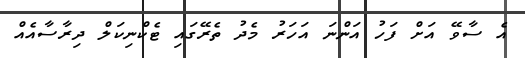
އެ ސާވޭ އަށް ފަހު އަންނަ އަހަރު މެދު ތެރޭގައި ޓެކްނިކަލް ދިރާސާއެއް